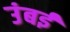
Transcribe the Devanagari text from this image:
उंबई